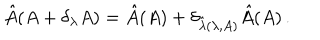
\hat { A } ( A + \delta _ { \lambda } A ) = \hat { A } ( A ) + \delta _ { \hat { \lambda } ( \lambda , A ) } \hat { A } ( A ) \, .